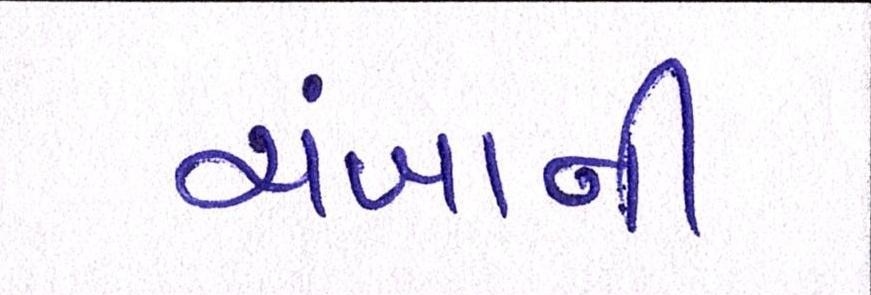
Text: ચંબાની